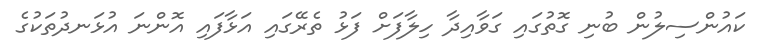
ކައުންސިލުން ބުނި ގޮތުގައި ގަވާއިދާ ހިލާފަށް ފަޅު ތެރޭގައި އަޅާފައި އޮންނަ އުޅަނދުތަކުގެ